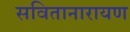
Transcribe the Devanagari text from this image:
सवितानारायण